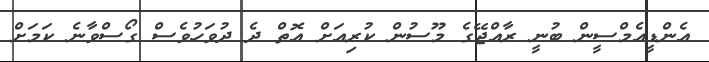
އެންޑީއެމްސީން ބުނީ ރާއްޖޭގެ މޫސުން ކުރިއަށް އޮތް ދެ ދުވަހުވެސް ގޯސްވާނެ ކަމަށް